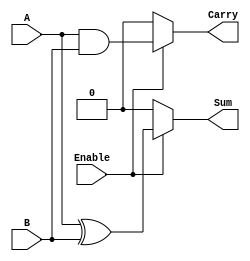
module Conditional_Half_Adder (
    input wire A,         // First binary input
    input wire B,         // Second binary input
    input wire Enable,    // Control signal
    output reg Sum,       // Sum output
    output reg Carry      // Carry output
);

// Always block to implement combinational logic
always @(*) begin
    if (Enable) begin
        Sum = A ^ B;     // Sum is A XOR B when Enable is high
        Carry = A & B;   // Carry is A AND B when Enable is high
    end else begin
        Sum = 1'b0;      // Sum is 0 when Enable is low
        Carry = 1'b0;    // Carry is 0 when Enable is low
    end
end

endmodule